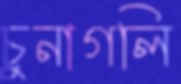
চুনাগলি